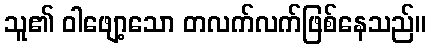
သူ၏ ဝါဖျော့သော တလက်လက်ဖြစ်နေသည်။